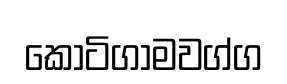
කෝටිගාමවග්ග